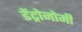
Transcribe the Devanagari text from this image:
डेंट्रोनोमी